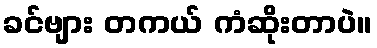
ခင်ဗျား တကယ် ကံဆိုးတာပဲ။